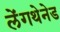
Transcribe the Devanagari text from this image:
लेंगथेनेड